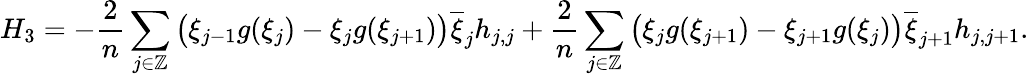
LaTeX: H_{3}=-\frac{2}{n}\sum_{j\in\mathbb{Z}}\big(\xi_{j-1}g(\xi_{j})-\xi_{j}g(\xi_{j+1})\big)\overline{{\xi}}_{j}h_{j,j}+\frac{2}{n}\sum_{j\in\mathbb{Z}}\big(\xi_{j}g(\xi_{j+1})-\xi_{j+1}g(\xi_{j})\big)\overline{{\xi}}_{j+1}h_{j,j+1}.